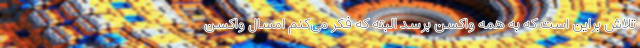
تلاش براین است که به همه واکسن برسد البته که فکر می‌کنم امسال واکسن